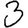
Digit: 3